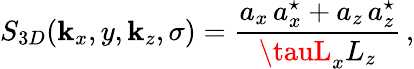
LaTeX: S_{3D}(\mathbf{k}_{x},y,\mathbf{k}_{z},\sigma)=\frac{{a_{x}\, a_{x}^{\star}+a_{z}\, a_{z}^{\star}}}{{\tauL_{x}L_{z}}}\, ,